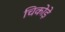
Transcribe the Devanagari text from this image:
चिकोड़े